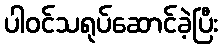
ပါဝင်သရုပ်ဆောင်ခဲ့ပြီး